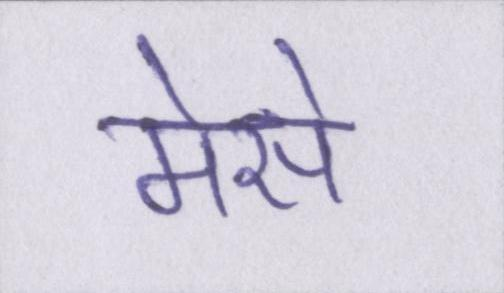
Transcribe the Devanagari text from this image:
मेसे